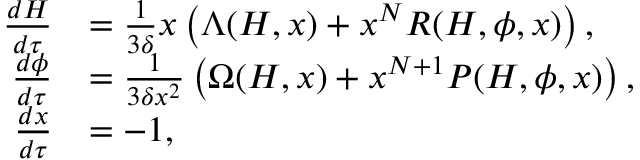
\begin{array} { r l } { \frac { d H } { d \tau } } & { = \frac { 1 } { 3 \delta } x \left( \Lambda ( H , x ) + x ^ { N } R ( H , \phi , x ) \right) , } \\ { \frac { d \phi } { d \tau } } & { = \frac { 1 } { 3 \delta x ^ { 2 } } \left( \Omega ( H , x ) + x ^ { N + 1 } P ( H , \phi , x ) \right) , } \\ { \frac { d x } { d \tau } } & { = - 1 , } \end{array}